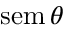
\operatorname { s e m } \theta